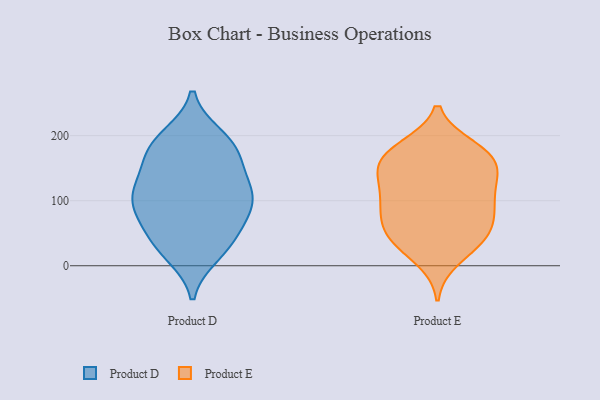
{"axis": {"x": "Headcount", "y": "Value"}, "legend": ["Product D", "Product E"], "data": [{"x": "", "y": 117, "type": "Product D"}, {"x": "", "y": 173, "type": "Product D"}, {"x": "", "y": 37, "type": "Product D"}, {"x": "", "y": 181, "type": "Product D"}, {"x": "", "y": 48, "type": "Product D"}, {"x": "", "y": 199, "type": "Product D"}, {"x": "", "y": 21, "type": "Product D"}, {"x": "", "y": 197, "type": "Product D"}, {"x": "", "y": 94, "type": "Product D"}, {"x": "", "y": 153, "type": "Product D"}, {"x": "", "y": 132, "type": "Product D"}, {"x": "", "y": 17, "type": "Product D"}, {"x": "", "y": 109, "type": "Product D"}, {"x": "", "y": 86, "type": "Product D"}, {"x": "", "y": 84, "type": "Product D"}, {"x": "", "y": 98, "type": "Product D"}, {"x": "", "y": 118, "type": "Product D"}, {"x": "", "y": 174, "type": "Product D"}, {"x": "", "y": 55, "type": "Product D"}, {"x": "", "y": 36, "type": "Product E"}, {"x": "", "y": 172, "type": "Product E"}, {"x": "", "y": 153, "type": "Product E"}, {"x": "", "y": 42, "type": "Product E"}, {"x": "", "y": 52, "type": "Product E"}, {"x": "", "y": 130, "type": "Product E"}, {"x": "", "y": 172, "type": "Product E"}, {"x": "", "y": 99, "type": "Product E"}, {"x": "", "y": 108, "type": "Product E"}, {"x": "", "y": 130, "type": "Product E"}, {"x": "", "y": 179, "type": "Product E"}, {"x": "", "y": 79, "type": "Product E"}, {"x": "", "y": 147, "type": "Product E"}, {"x": "", "y": 38, "type": "Product E"}, {"x": "", "y": 94, "type": "Product E"}, {"x": "", "y": 182, "type": "Product E"}, {"x": "", "y": 153, "type": "Product E"}, {"x": "", "y": 10, "type": "Product E"}, {"x": "", "y": 83, "type": "Product E"}, {"x": "", "y": 62, "type": "Product E"}]}